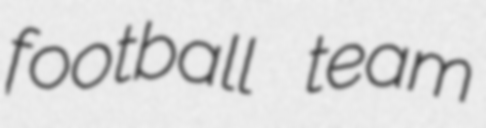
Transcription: football team